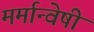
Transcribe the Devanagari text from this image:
मर्मान्‍वेषी